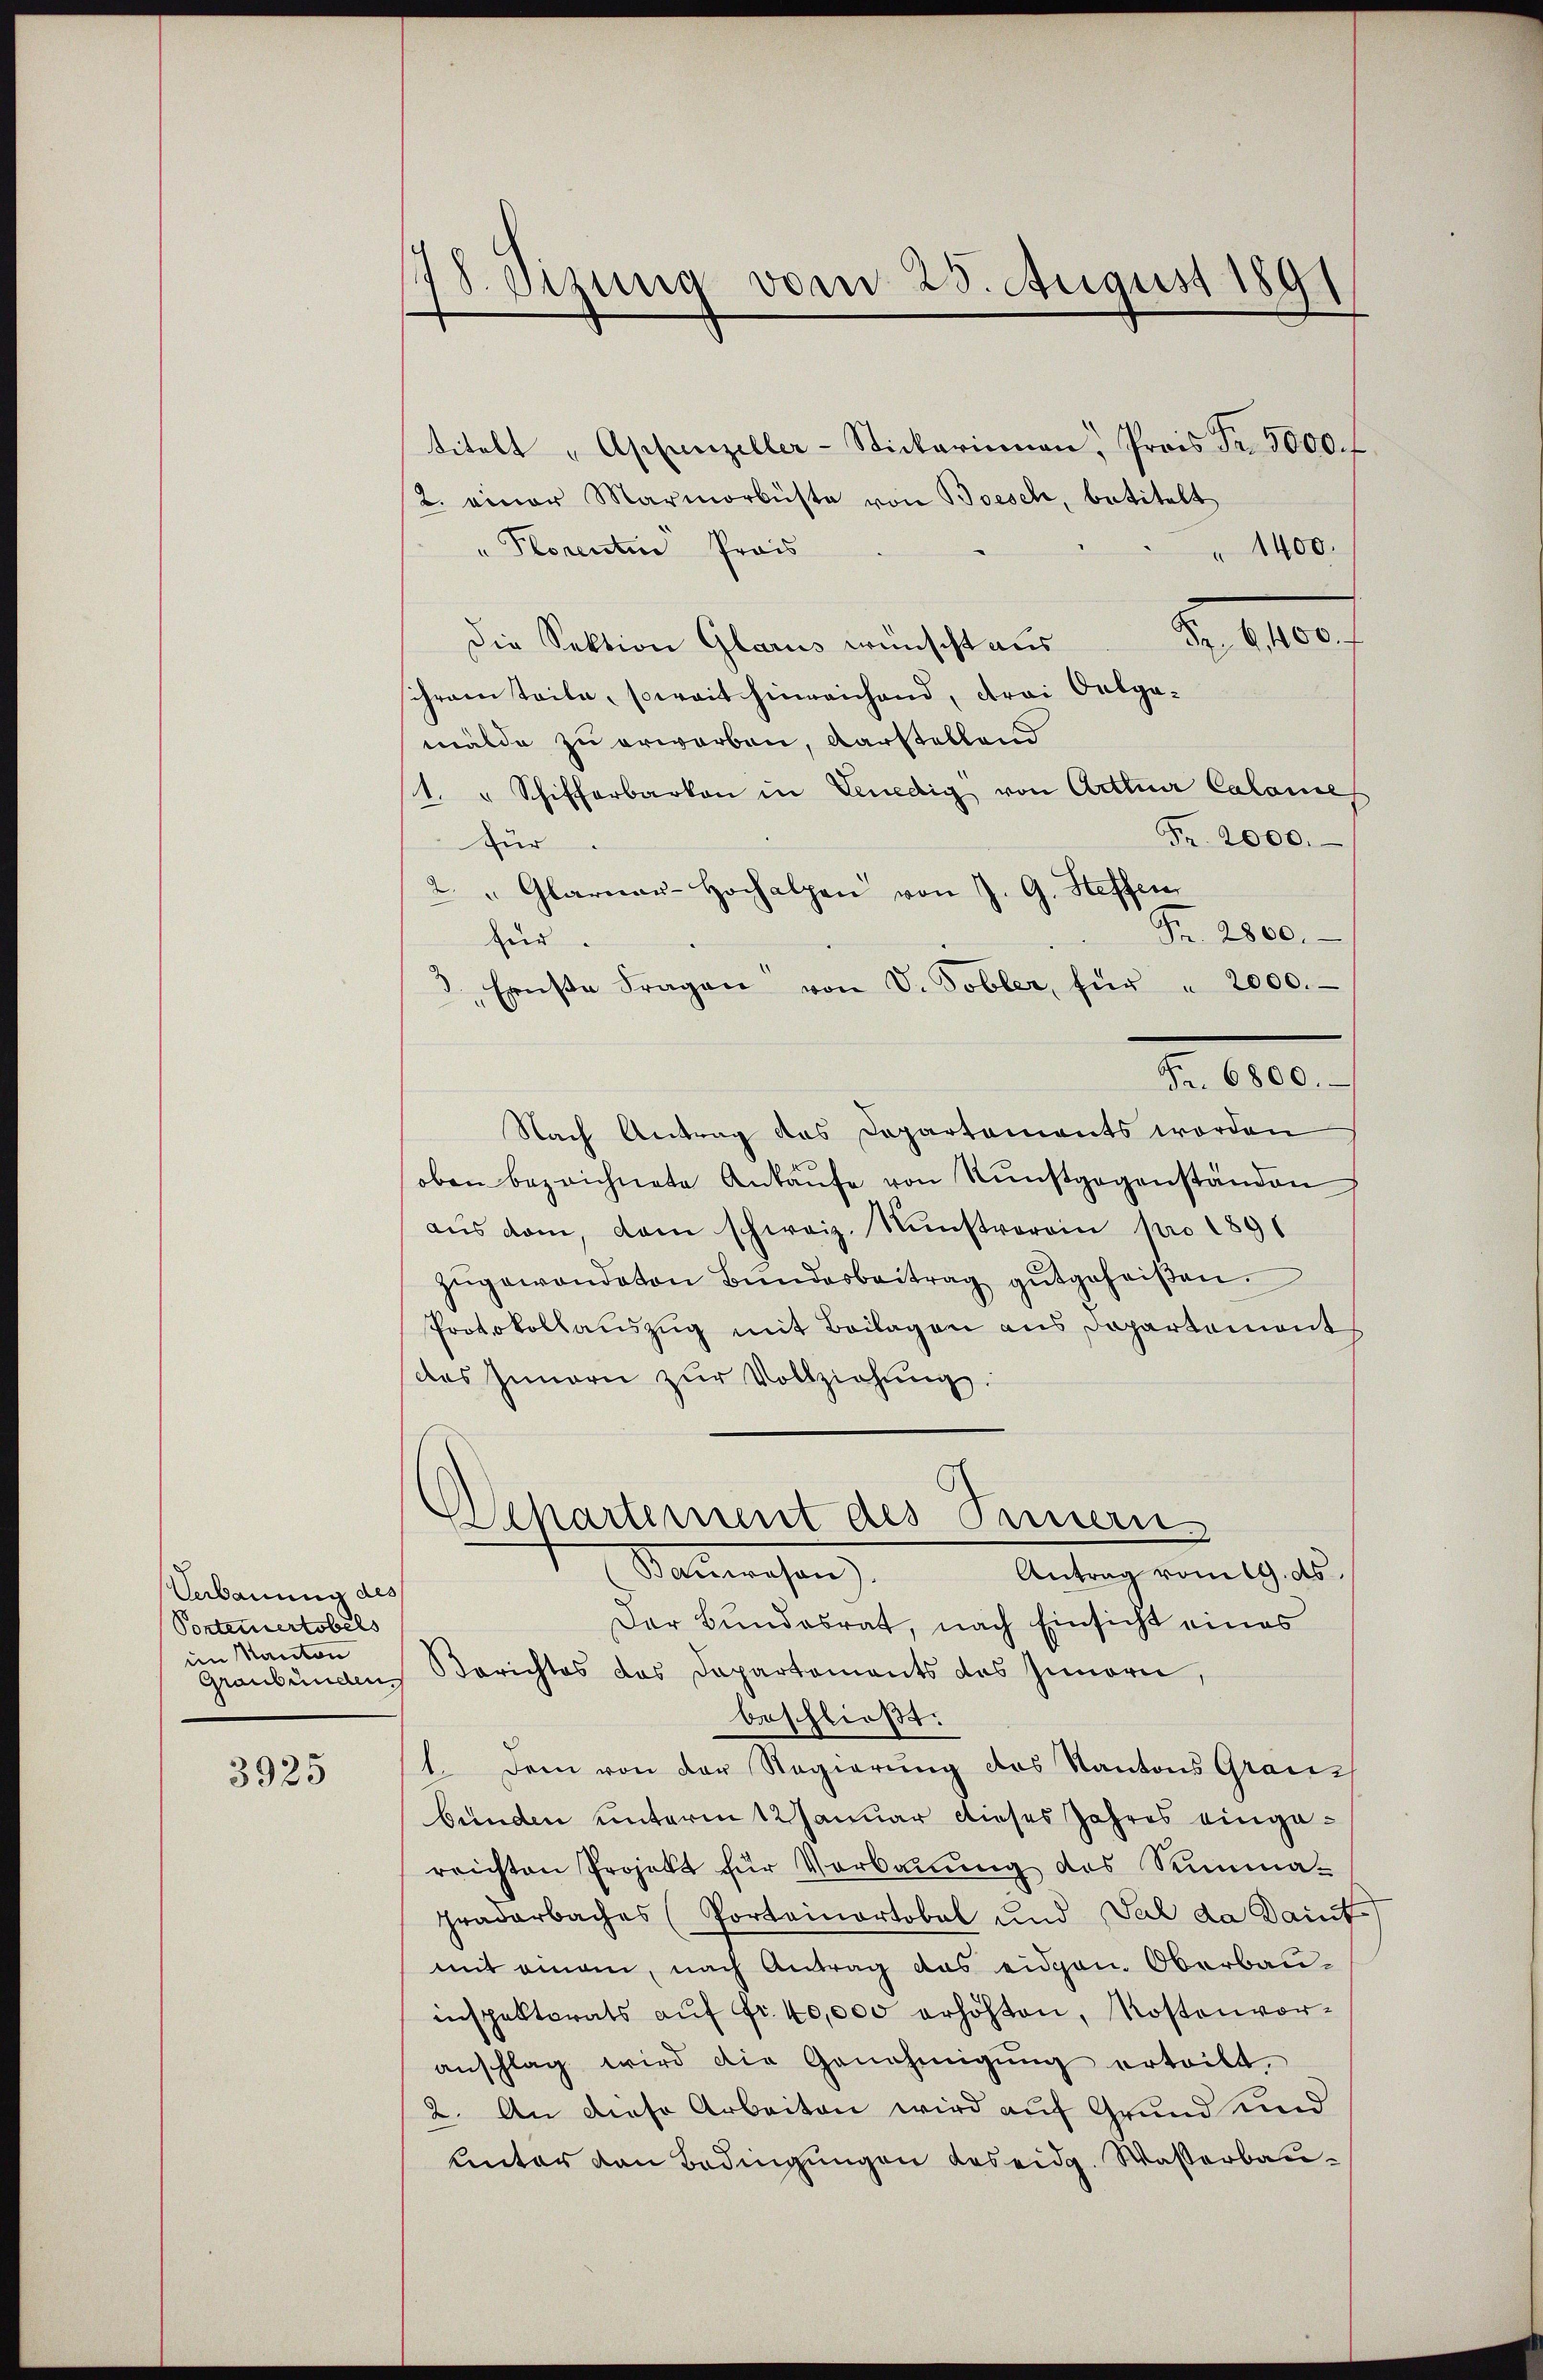
Verbauung des
Ponteuertobels
im Kanton

3925

178. Sizung vom 25. August 1891

titelt "Appenzeller-Stickarinnen, Prois Fr. 3000. f
2. einer Marmorbüste von Besch, betitelt
" 1400.
" Plorenten Prais
d. 10.
Die Sektion Glarus wünscht aus
ihrem Teile, soweit hinreichend, drei Oalgamälde zu erworben, darstellend
1. " Schifferbarken in Venedig von Actuar Calame
Fr. 2000.
für
2. " Glarner-Hochalpen von J. G. Steffen
Fr. 2800.
für.
3 Ernste Fragen von V. Tobler, für " 2000.
Nach Antrag des Departements worden
oben bezeichnete Ankaŭfe von Kunstgegenständen
aŭs dem, dem schweiz. Nŭnstvoroin pro 1891
zŭgewandeten Bundesbeitrag gutgeheißen.
Protokollauszug mit Beilagen aus Departement
das Innern zŭr Vollziehung.
Dchartement des Seinern
Sauwesen
Antrag vom 19. ds.
Der Bundesrat, nach Einsicht eines
Graubünden Berichtes das Dapartements das Innern,
beschließt:
1. Dem von der Regierung des Kantons Grauz
bunden unterm 12 Januar dieses Jahres eingereichten Projekt für Verbauung des Summa¬
Graderbaches (Porteinertobel und Tal da Daint
mit einem, nach Antrag das eidgen. Oberbauinspektorats auf Fr. 40,000 erhöhten, Kostenvoranschlag wird die Genehmigŭng erteilt.
2. An diese Arbeiten wird auf Grund und
unter den Bedingungen das eidg. Wasserbau¬

Fr. 6800.